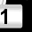
Digit: 1